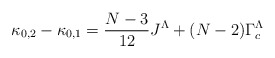
\begin{align*}\kappa_{0,2} - \kappa_{0,1} = \frac{N-3}{12}J^{\Lambda}+(N-2)\Gamma^{\Lambda}_{c} \end{align*}